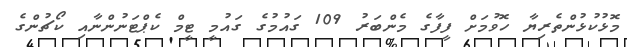
މޮޅުކުޅުންތެރިޔާ ހޮވުމަށް ފީފާގެ މެންބަރު 109 ގައުމުގެ ގައުމީ ޓީމް ކެޕްޓަނުންނާއި ކޯޗުންގެ